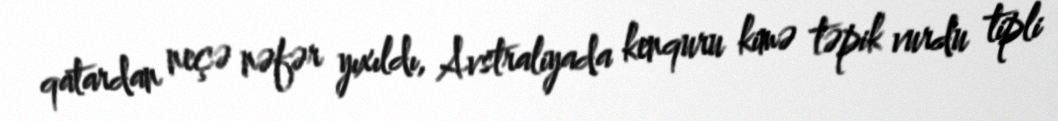
qatardan neçə nəfər yıxıldı, Avstraliyada kenquru kimə təpik vurdu tipli